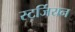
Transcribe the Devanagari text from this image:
स्टर्जियन